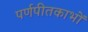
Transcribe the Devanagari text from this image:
पर्णपीतकाभों